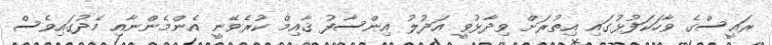
ރައީސްގެ ވާހަކަފުޅުގައި އިތުރަށް ވިދާޅުވީ އަދުލު އިންސާފު ޤާއިމް ކުރެވޭނީ އެންމެންނާއި މެދުގައިވެސް